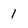
Character: 1